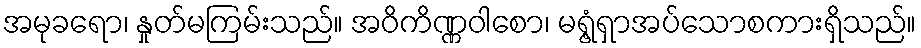
အမုခရော၊ နှုတ်မကြမ်းသည်။ အဝိကိဏ္ဏဝါစော၊ မရွံ့ရှာအပ်သောစကားရှိသည်။